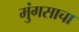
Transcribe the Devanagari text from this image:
मुंगसाचा